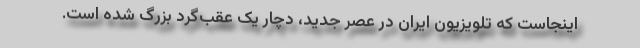
اینجاست که تلویزیون ایران در عصر جدید، دچار یک عقب‌گرد بزرگ شده است.